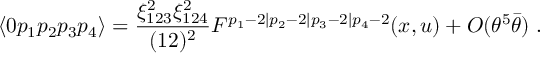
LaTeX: \langle 0 p _ { 1 } p _ { 2 } p _ { 3 } p _ { 4 } \rangle = { \frac { \xi _ { 1 2 3 } ^ { 2 } \xi _ { 1 2 4 } ^ { 2 } } { ( 1 2 ) ^ { 2 } } } { \cal F } ^ { p _ { 1 } - 2 \vert p _ { 2 } - 2 \vert p _ { 3 } - 2 \vert p _ { 4 } - 2 } ( x , u ) + O ( \theta ^ { 5 } \bar { \theta } ) \; .